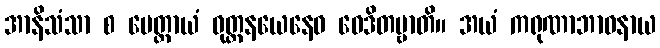
အာနိသံသာ စ မေတ္တာယံ ဝုတ္တနယေနေဝ ဝေဒိတဗ္ဗာတိ။ အယံ ကရုဏာဘာဝနာယ